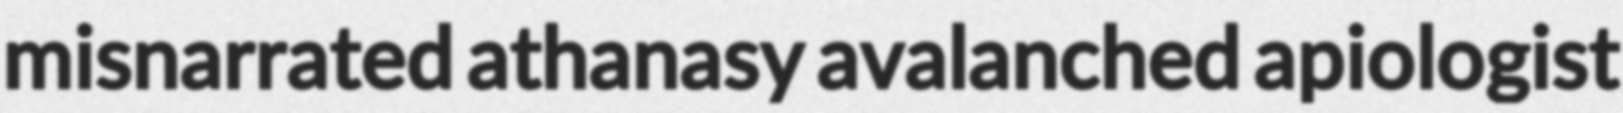
misnarrated athanasy avalanched apiologist